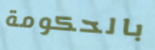
بالحكومة